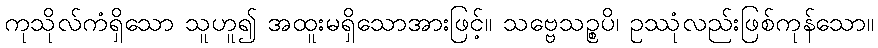
ကုသိုလ်ကံရှိသော သူဟူ၍ အထူးမရှိသောအားဖြင့်။ သဗ္ဗေသဉ္စပိ၊ ဥဿုံလည်းဖြစ်ကုန်သော။